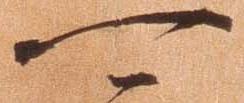
可